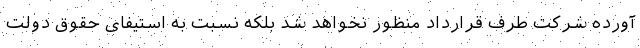
آورده شرکت طرف قرارداد منظور نخواهد شد بلکه نسبت به استیفای حقوق دولت